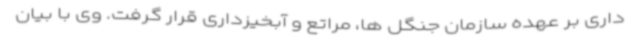
داری بر عهده سازمان جنگل ها، مراتع و آبخیزداری قرار گرفت. وی با بیان